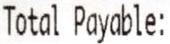
TOTAL PAYABLE: